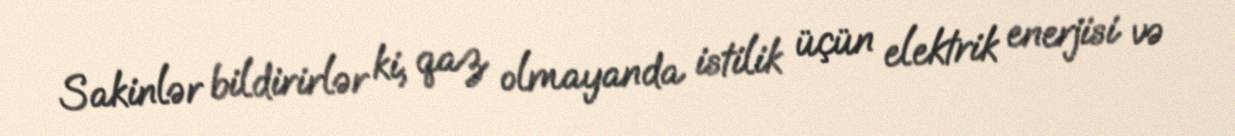
Sakinlər bildirirlər ki, qaz olmayanda istilik üçün elektrik enerjisi və